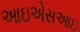
આઇએસઆઇ